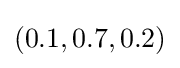
(0.1,0.7,0.2)